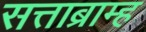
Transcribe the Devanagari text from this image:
सत्ताब्राम्ह